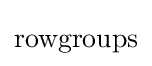
{\text{rowgroups}}